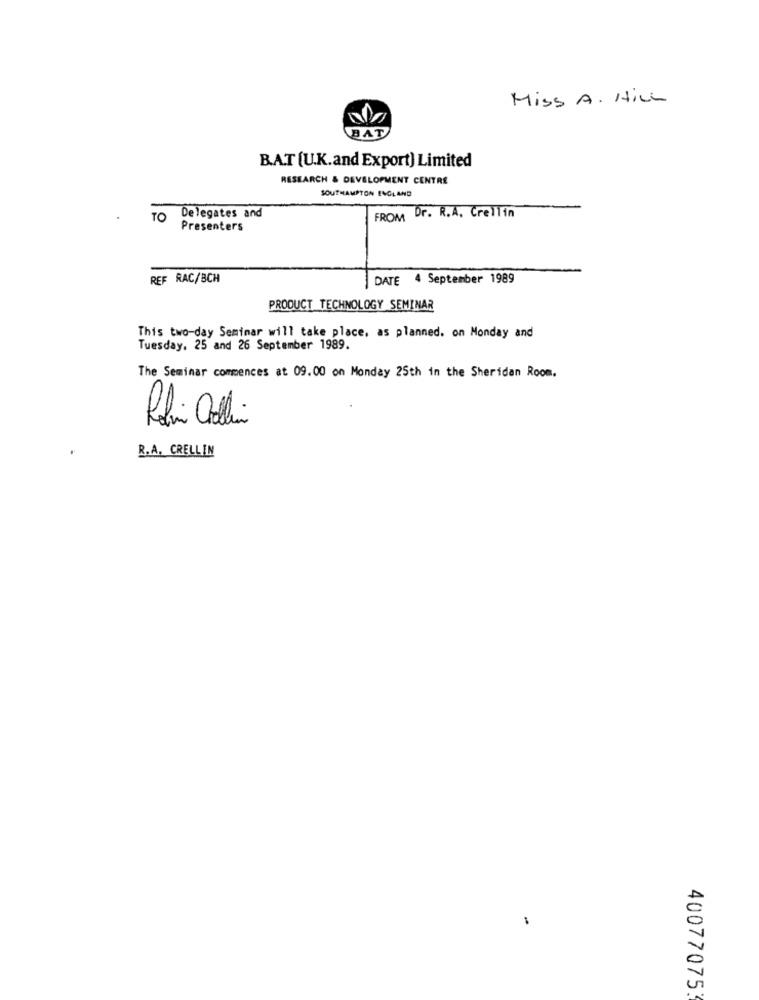
Miss A. HILL
BAT
B.A.T (U.K.and Export) Limited
RESEARCH & DEVELOPMENT CENTRE
SOUTHAMPTON ENGLAND
Delegates and
TO
FROM Dr. R.A. Crellin
Presenters
REF RAC/BCH
DATE
4 September 1989
PRODUCT TECHNOLOGY SEMINAR
This two-day Seminar will take place, as planned. on Monday and
Tuesday. 25 and 26 September 1989.
The Seminar commences at 09.00 on Monday 25th in the Sheridan Room.
R.A. CRELLIN
40077075: